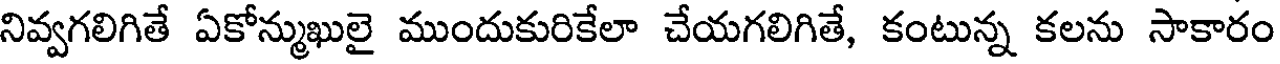
నివ్వగలిగితే ఏకోన్ముఖులై ముందుకురికేలా చేయగలిగితే, కంటున్న కలను సాకారం